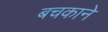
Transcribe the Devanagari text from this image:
बचकाने